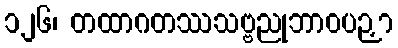
၁၂၆၊ တထာဂတဿသဗ္ဗညုဘာဝပဉှာ